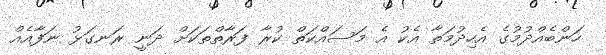
ހަންބެއްދުމުގެ އެހިދުމަތާ އެކު އެ މަސައްކަތް ކުރާ ފަރާތްތަކަށް ދަނީ ރަނގަޅު ނަފާއެއް